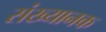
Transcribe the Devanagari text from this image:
संख्यानक